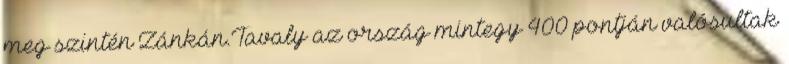
meg szintén Zánkán.Tavaly az ország mintegy 400 pontján valósultak